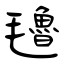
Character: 氌